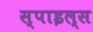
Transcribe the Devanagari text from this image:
स्पाइल्स